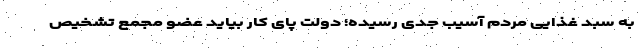
به سبد غذایی مردم آسیب جدی رسیده؛ دولت پای کار بیاید عضو مجمع تشخیص